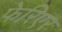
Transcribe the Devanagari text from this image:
फेरिएर